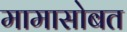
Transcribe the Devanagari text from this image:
मामासोबत